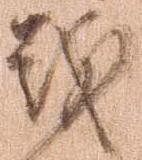
戦